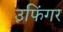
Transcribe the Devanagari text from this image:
उफिंगर